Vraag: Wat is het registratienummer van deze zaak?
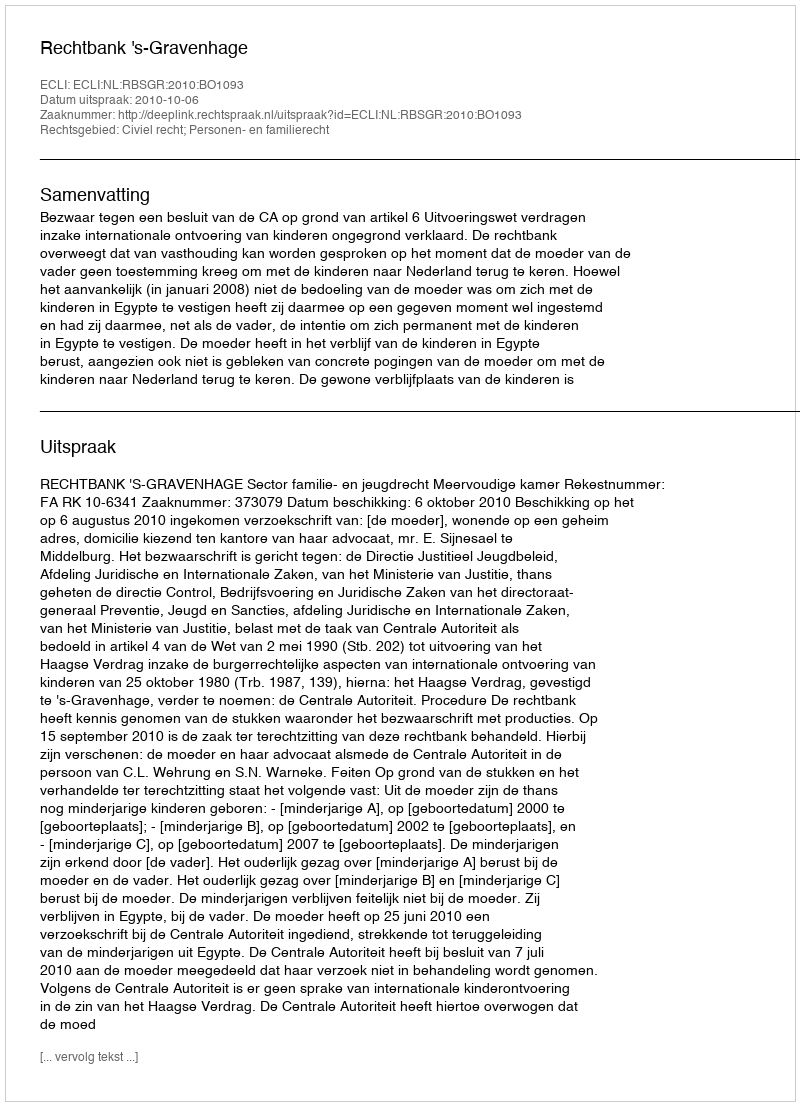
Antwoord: http://deeplink.rechtspraak.nl/uitspraak?id=ECLI:NL:RBSGR:2010:BO1093